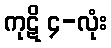
ကုဋိ ၄-လုံး